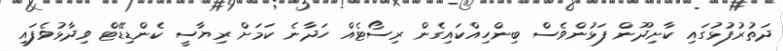
ދަތުރުފުޅުގައި ކާށިދޫން ފަޅުންވެސް ބިންހިއްކައިގެން ރިސޯޓެއް ހަދާނެ ކަމަށް ރިޔާސީ ކެންޑިޑޭޓް ވިދާޅުވެފައި